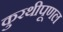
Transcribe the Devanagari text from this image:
कुरथीपूणल